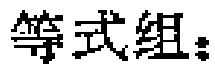
等式组：